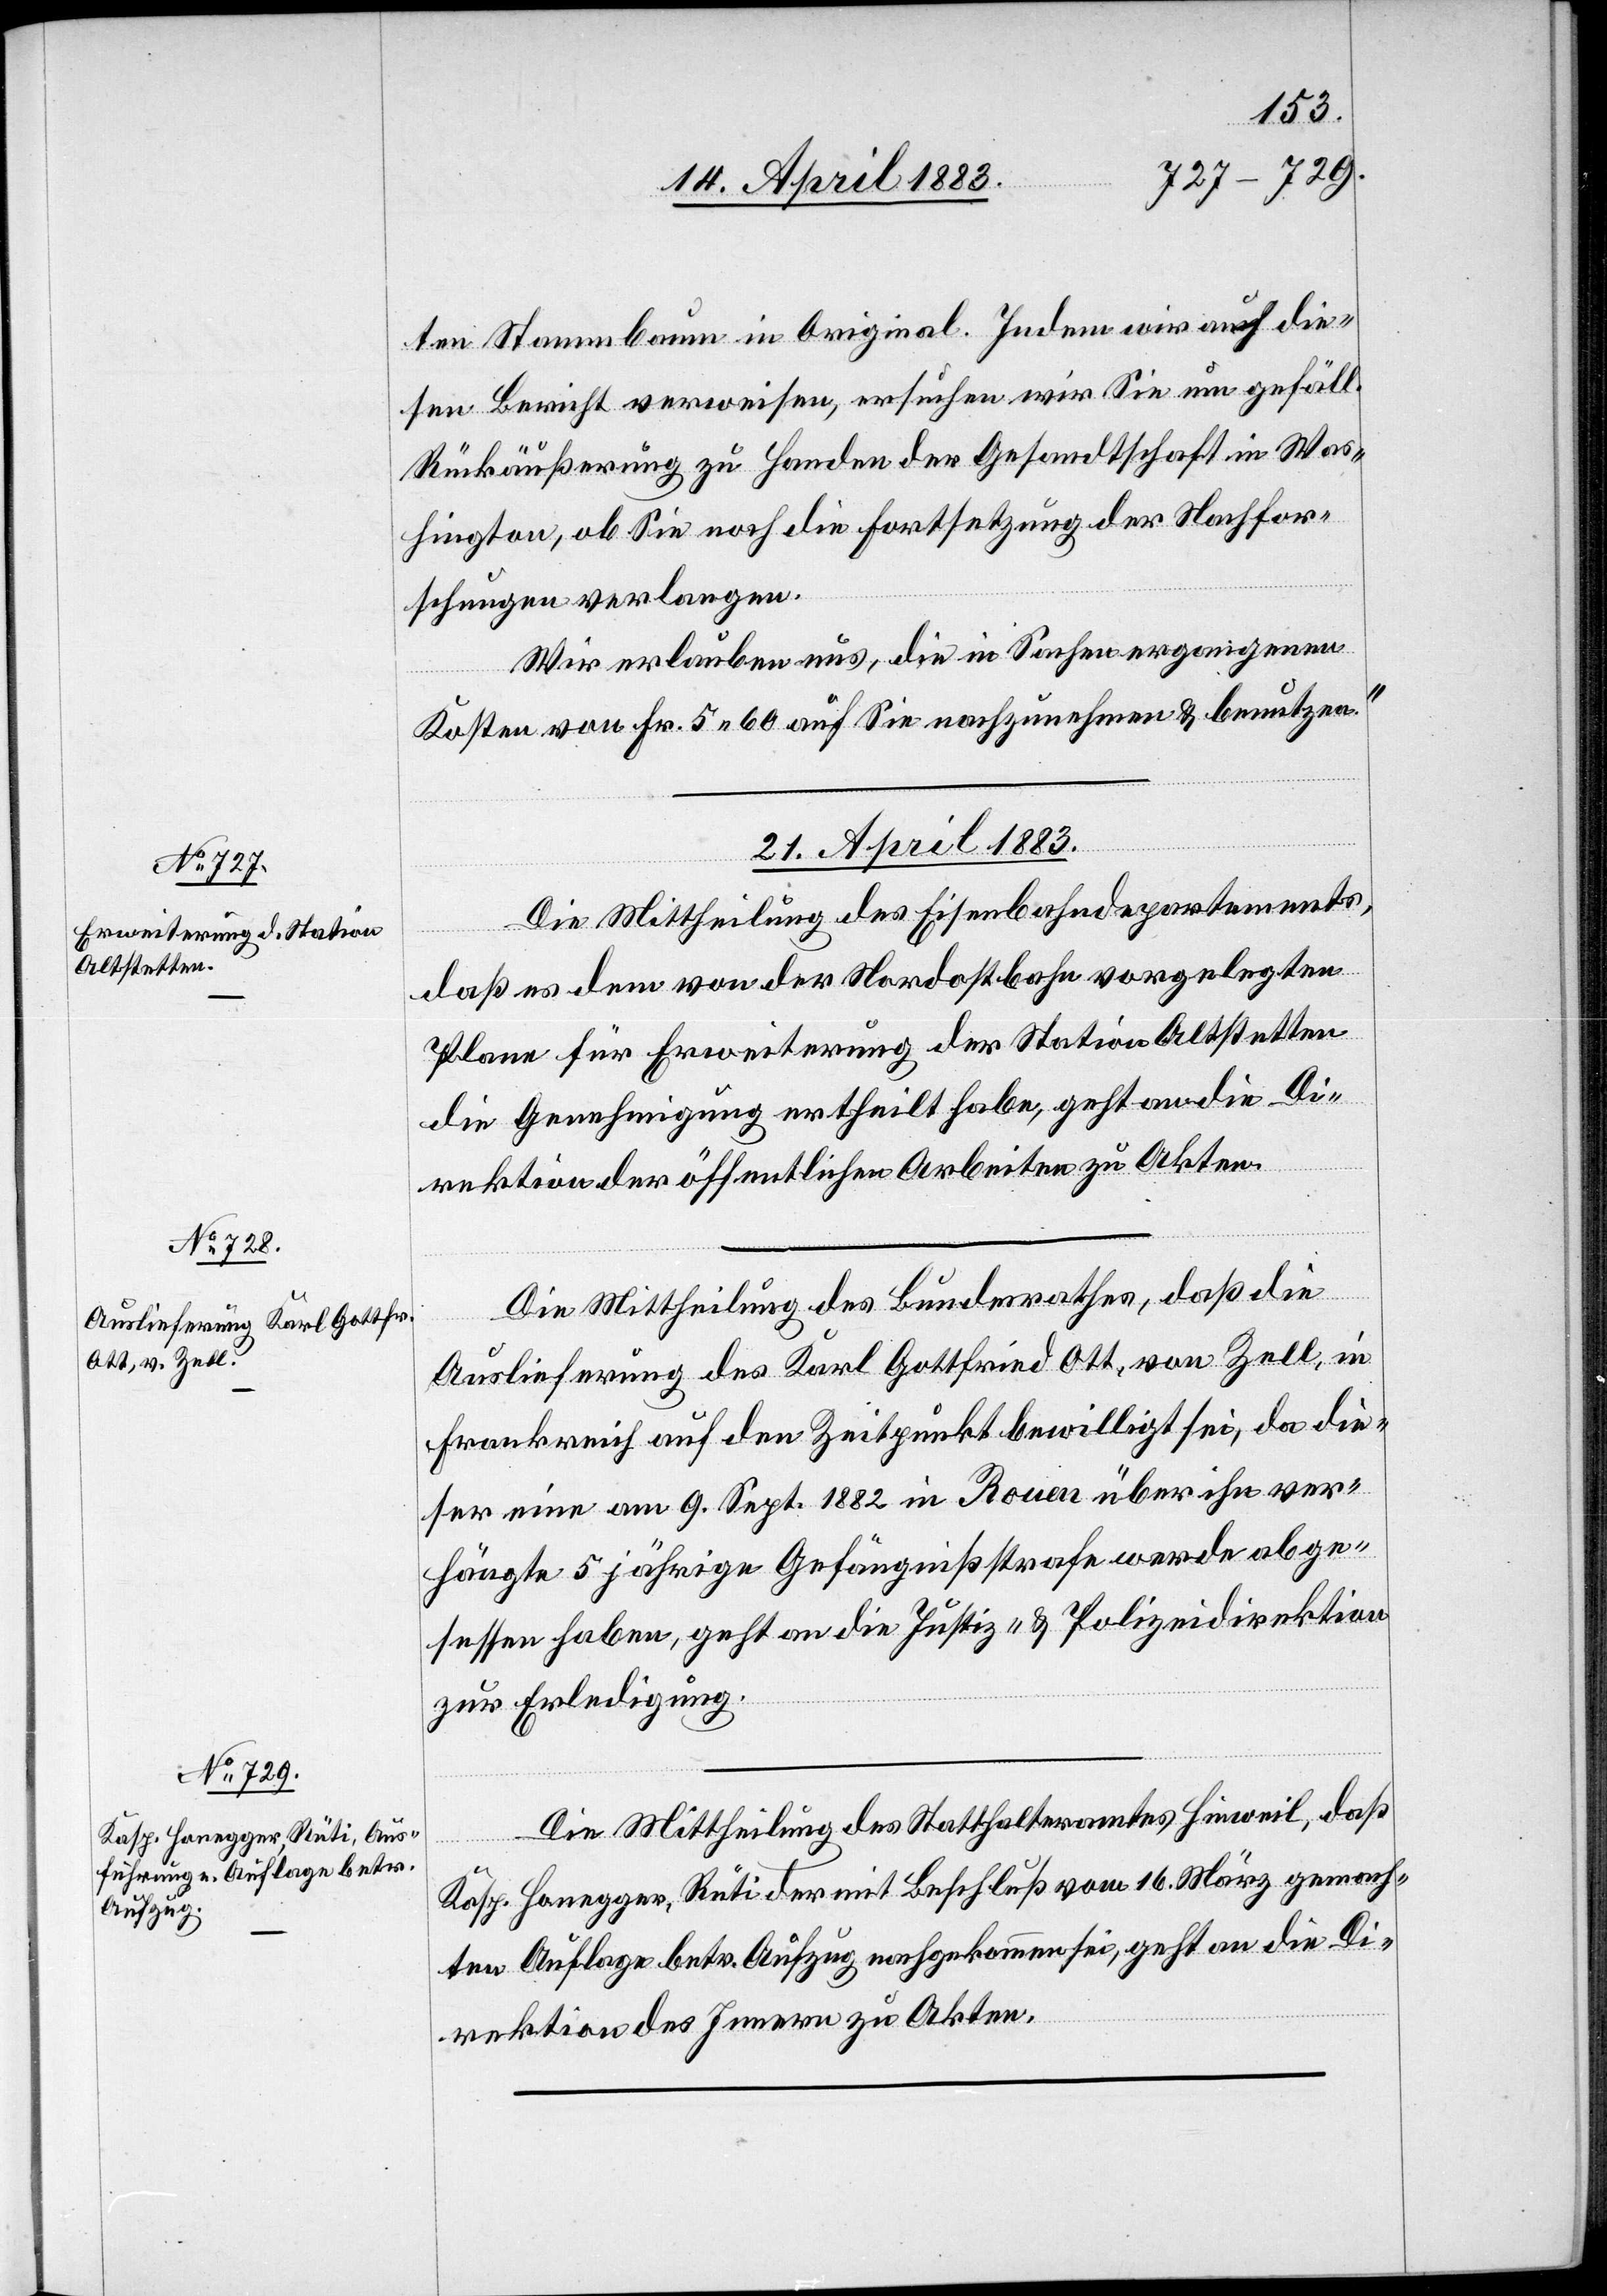
ten Stammbaum in Original. Indem wir auf die¬
sen Bericht verweisen, ersuchen wir Sie um gefäll.
Rückäußerung zu Handen der Gesandtschaft in Was¬
hington, ob Sie noch die Fortsetzung der Nachfor¬
schungen verlangen.
Wir erlauben uns, die in Sachen ergangenen
Kosten von Fr. 5 60 auf Sie nachzunehmen & benutzen.“
21. April 1883.]
Die Mittheilung des Eisenbahndepartementes,
daß es dem von der Nordostbahn vorgelegten
Plane für Erweiterung der Station Altstetten
die Genehmigung ertheilt habe, geht an die Di¬
rektion der öffentlichen Arbeiten zu Akten.
Die Mittheilung des Bundesrathes, daß die
Auslieferung des Karl Gottfried Ott, von Zell, in
Frankreich auf den Zeitpunkt bewilligt sei, da die¬
ser eine am 9. Sept. 1882 in Rouen über ihn ver¬
hängte 5jährige Gefängnißstrafe werde abge¬
sessen habe, geht an die Justiz- & Polizeidirektion
zur Erledigung.
Die Mittheilung des Statthalteramtes Hinweil, daß
Kasp. Honegger, Rüti mit Beschluß vom 16. März gemach¬
ten Auflage betr. Aufzug nachgekommen sei, geht an die Di¬
rektion des Innern zu Akten.